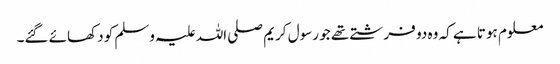
معلوم ہوتا ہے کہ وہ دو فرشتے تھے جو رسول کریم صلی اللہ علیہ وسلم کو دکھائے گئے۔